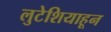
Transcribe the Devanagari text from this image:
लुटेशियाहून